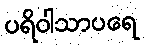
ပရိဝါသာပရေ